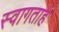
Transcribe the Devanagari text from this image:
स्‍वागतार्ह